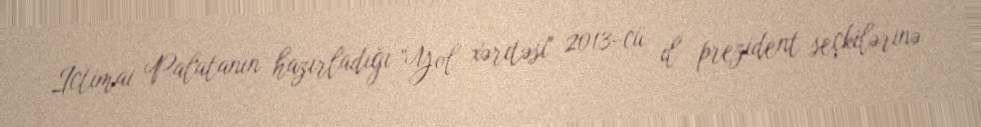
İctimai Palatanın hazırladığı ”Yol xəritəsi" 2013-cü il prezident seçkilərinə